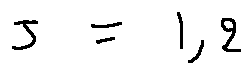
j = 1 , 2